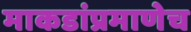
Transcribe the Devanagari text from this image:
माकडांप्रमाणेच